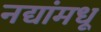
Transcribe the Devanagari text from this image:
नद्यांमधू